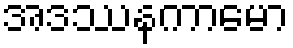
အဒဿနကာမော